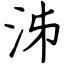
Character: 泲